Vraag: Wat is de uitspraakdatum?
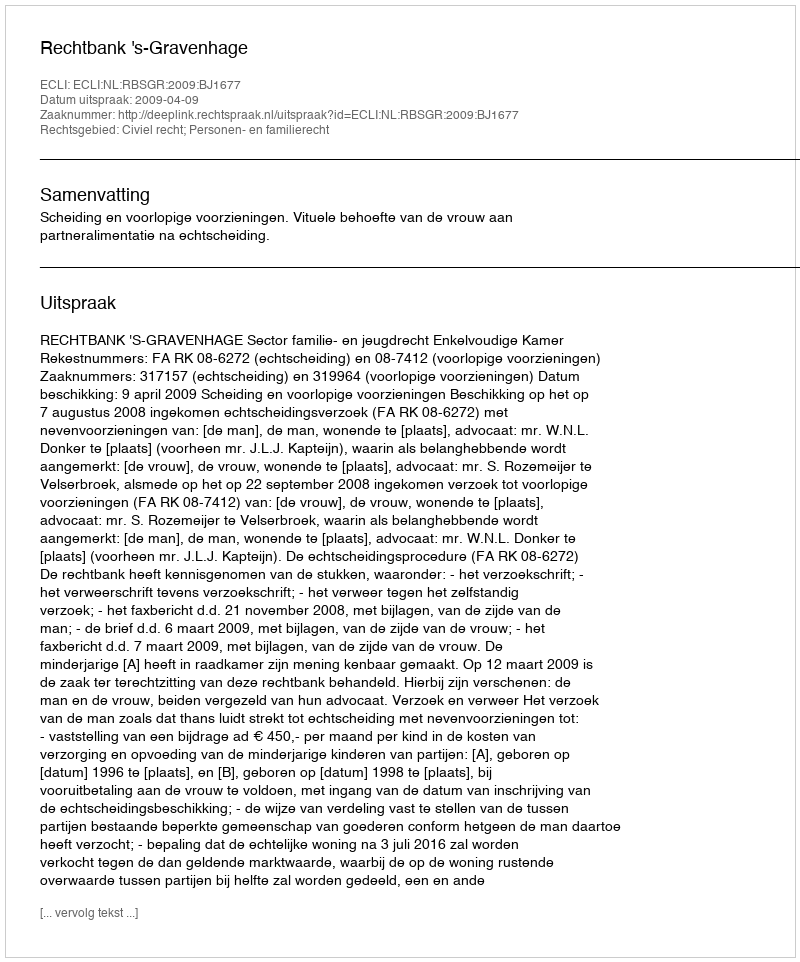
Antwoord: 2009-04-09